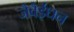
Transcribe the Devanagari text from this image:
जैवैईंधन